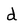
Character: d